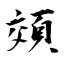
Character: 頝